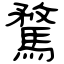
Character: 騖